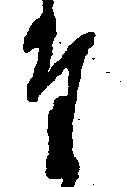
た